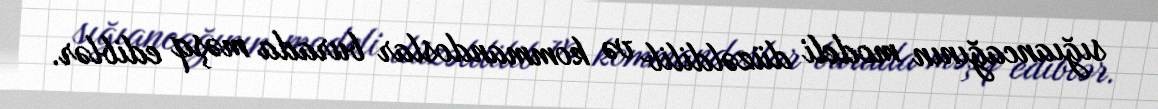
sığıancağının modeli düzəldilib və kommandoslar burada məşq ediblər.